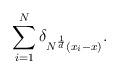
LaTeX: \begin{align*} \sum_{i=1}^{N} \delta_{N^{\frac{1}{d}} (x_{i} - x)}.\end{align*}